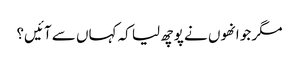
مگر جو انھوں نے پوچھ لیا کہ کہاں سے آئیں؟